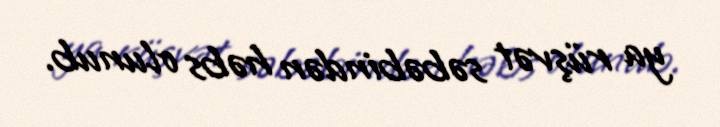
ya rüşvət səbəbindən həbs olunub.